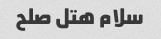
سلام هتل صلح